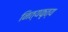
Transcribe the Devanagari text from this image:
नित्यकृत्य